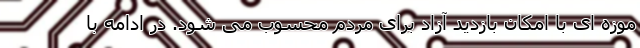
موزه ای با امکان بازدید آزاد برای مردم محسوب می شود. در ادامه با